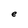
Character: e